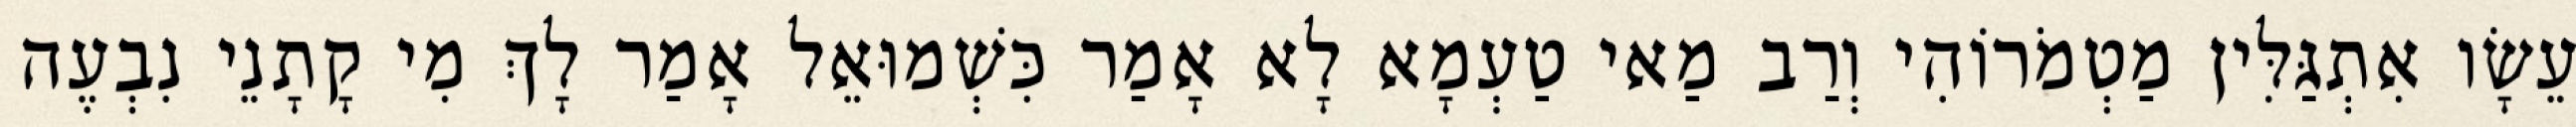
עֵשָׂו אִתְגַּלִּין מַטְמֹרוֹהִי וְרַב מַאי טַעְמָא לָא אָמַר כִּשְׁמוּאֵל אָמַר לָךְ מִי קָתָנֵי נִבְעֶה